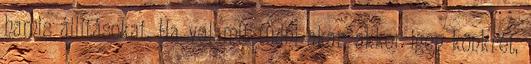
hamis állításokat. Ha valamit tudni akar, akkor igen konkrét,